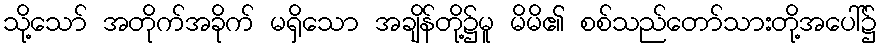
သို့သော် အတိုက်အခိုက် မရှိသော အချိန်တို့၌မူ မိမိ၏ စစ်သည်တော်သားတို့အပေါ်၌